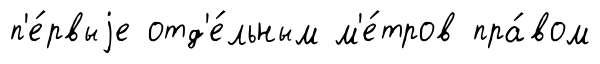
п'е́рвыjе отд'е́льным м'е́тров пра́вом